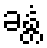
ခန္တံ